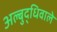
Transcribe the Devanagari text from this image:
अल्बुद्धिवाले